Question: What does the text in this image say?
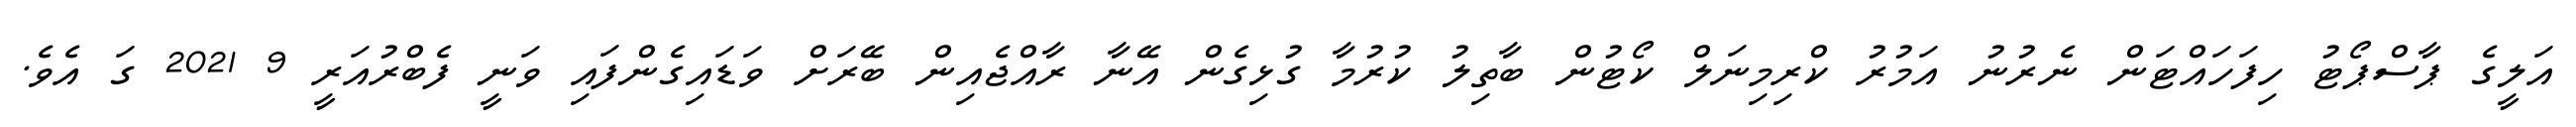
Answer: އަލީގެ ޕާސްޕޯޓު ހިފަހައްޓަން ނެރުނު އަމުރު ކްރިމިނަލް ކޯޓުން ބާތިލު ކުރުމާ ގުޅިގެން އޭނާ ރާއްޖެއިން ބޭރަށް ވަޑައިގެންފައި ވަނީ ފެބްރުއަރީ 9 2021 ގަ އެވެ.